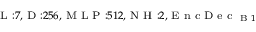
_ { \textrm { L } : 7 , \textrm { D } : 2 5 6 , \textrm { M L P } : 5 1 2 , \textrm { N H } : 2 , \textrm { E n c D e c } _ { \textrm { B } 1 } }